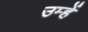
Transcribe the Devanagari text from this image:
उम्हें